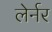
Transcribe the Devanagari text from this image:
लेर्नर